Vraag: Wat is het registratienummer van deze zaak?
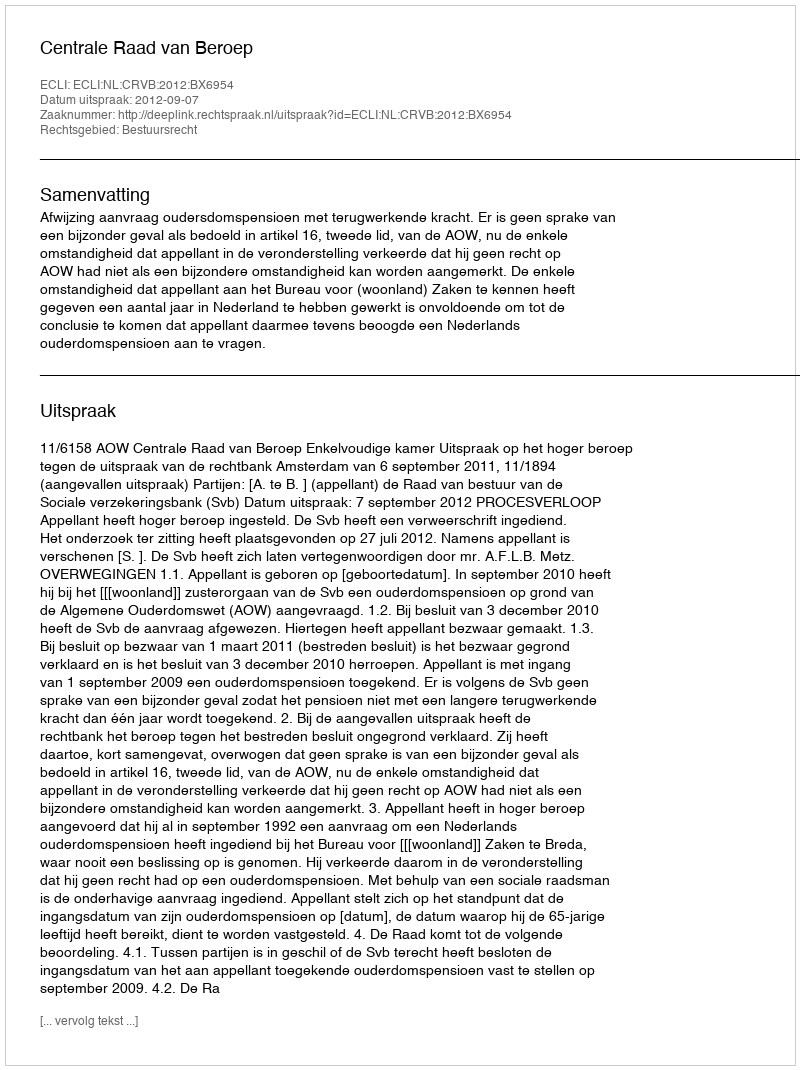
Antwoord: http://deeplink.rechtspraak.nl/uitspraak?id=ECLI:NL:CRVB:2012:BX6954